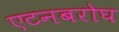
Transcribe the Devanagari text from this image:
एटनबरोघ